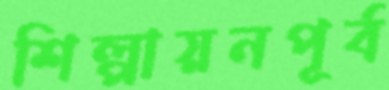
শিল্পায়নপূর্ব